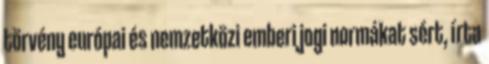
törvény európai és nemzetközi emberi jogi normákat sért, írta